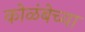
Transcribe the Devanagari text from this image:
कोळंबेच्या